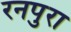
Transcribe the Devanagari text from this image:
रनपुरा